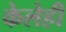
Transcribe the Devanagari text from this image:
केलेही